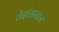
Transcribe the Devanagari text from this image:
वेदांसमान